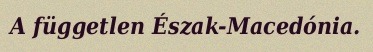
A független Észak-Macedónia.